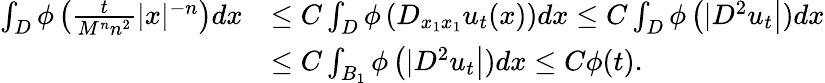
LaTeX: \begin{array}{rl}{\int_{D}\phi\left(\frac{t}{M^{n}n^{2}}|x|^{-n}\right)dx}&{\leq C\int_{D}\phi\left(D_{x_{1}x_{1}}u_{t}(x)\right)dx\leq C\int_{D}\phi\left(|D^{2}u_{t}\right|)dx}\\ &{\leq C\int_{B_{1}}\phi\left(|D^{2}u_{t}\right|)dx\leq C\phi(t).}\end{array}